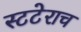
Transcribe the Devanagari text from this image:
स्टटेराच